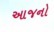
આજનો